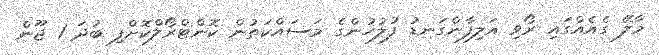
މާލޭ ގެއެއްގައި ރޯވި އަލިފާންގަނޑު ފުލުހުންގެ މަސައްކަތުން ކޮންޓްރޯލްކޮށްފި ބުދަ 1 ޖޫން